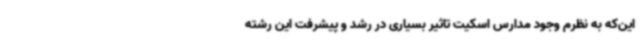
این‌که به نظرم وجود مدارس اسکیت تاثیر بسیاری در رشد و پیشرفت این رشته